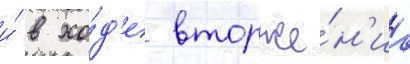
и́ в хо́д'е вторже́н'иа